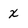
Character: x